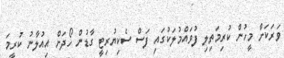
ވަރަކަށް މީހުން ކުރިމަތިލި ފުވައްމުލަކުގައި ފަސް ސެކިޔުރިޓީ ގާޑުން ހޯދަށް އިއުލާނު ކުރީމަ